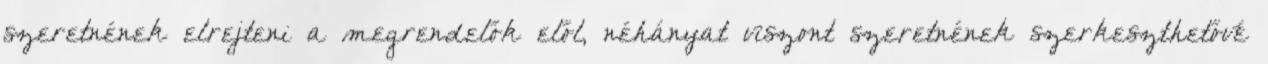
szeretnének elrejteni a megrendelők elől, néhányat viszont szeretnének szerkeszthetővé